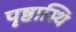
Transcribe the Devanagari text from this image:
पृष्ठास्थि